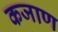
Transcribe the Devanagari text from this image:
कजाण